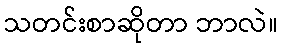
သတင်းစာဆိုတာ ဘာလဲ။